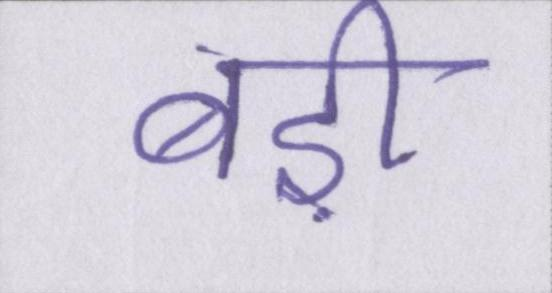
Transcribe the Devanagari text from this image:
बड़ी